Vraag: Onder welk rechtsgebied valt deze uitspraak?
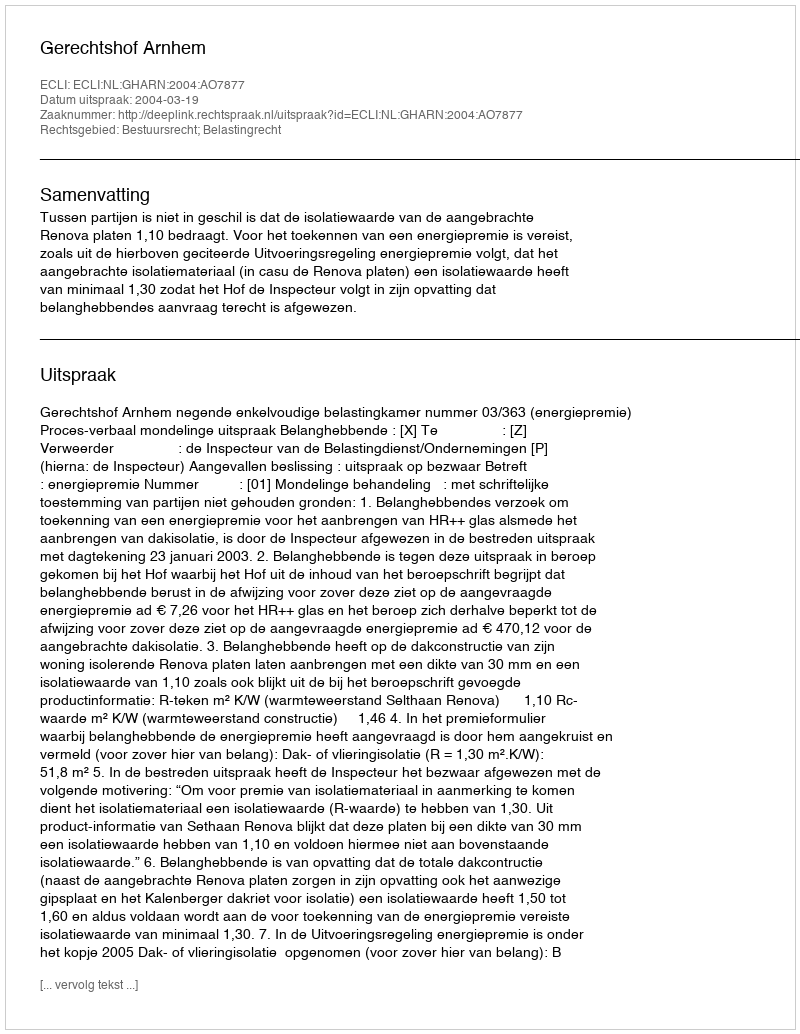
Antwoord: Bestuursrecht; Belastingrecht